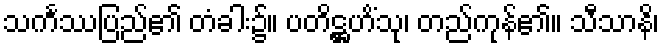
သင်္ကဿပြည်၏ တံခါး၌။ ပတိဋ္ဌဟိံသု၊ တည်ကုန်၏။ သီသာနိ၊